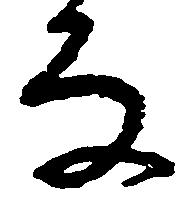
な